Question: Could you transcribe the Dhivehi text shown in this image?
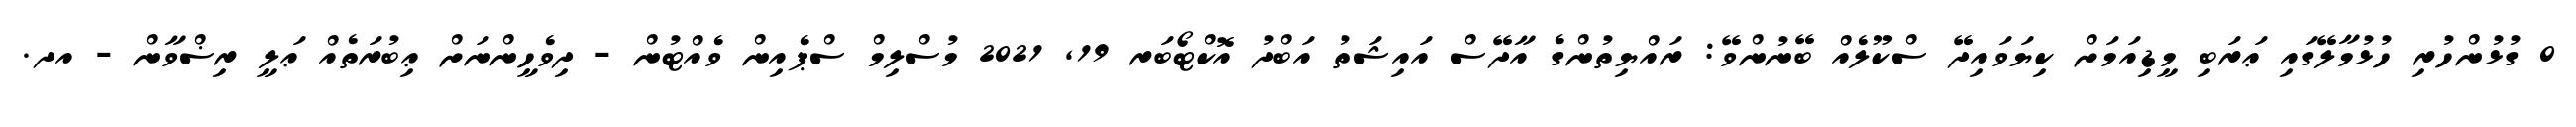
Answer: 0 ގުޅުންހުރި ހުޅުމާލޭގައި ޢަރަބި މީޑިއަމަށް ކިޔަވައިދޭ ސްކޫލެއް ބޭނުންވޭ: ރައްޔިތުންގެ އާދޭސް އައިޝަތު އަބްދު އޮކްޓޯބަރ 19, 2021 މުސްލިމް ސްޕެއިން ވެއްޓުން - ދިވެހީންނަށް ޢިބުރަތެއް ޢަލީ ރިޟްވާން - އދ.